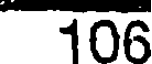
106